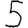
Digit: 5